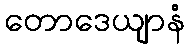
တောဒေယျာနံ